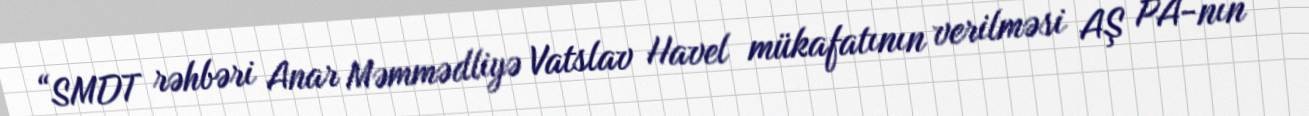
“SMDT rəhbəri Anar Məmmədliyə Vatslav Havel mükafatının verilməsi AŞ PA-nın